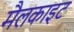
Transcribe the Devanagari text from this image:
मैलकाइट